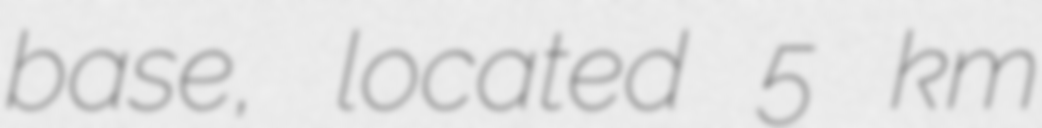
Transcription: base, located 5 km